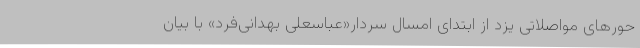
حورهای مواصلاتی یزد از ابتدای امسال سردار«عباسعلی بهدانی‌فرد» با بیان